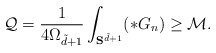
\begin{align*}\mathcal{Q}=\frac{1}{4\Omega_{\tilde{d}+1}}\int_{ {\bf S}^{\tilde{d}+1}} (*G_n)\ge \mathcal{M}.\end{align*}